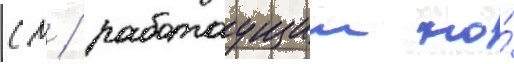
см / работаущии на́